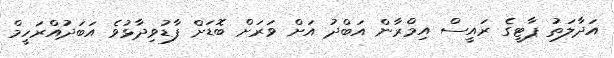
އަދާލަތު ޕާޓީގެ ރައީސް އިމްރާން އަބްދު އަށް ވަަރަށް ބޮޑަށް ފާޑުވިދާޅުވެ އަބަދުއްރަހީމް